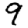
Digit: 9